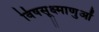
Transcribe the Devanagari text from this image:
विषसूक्ष्माणुओं